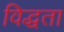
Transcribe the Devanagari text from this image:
विद्धता